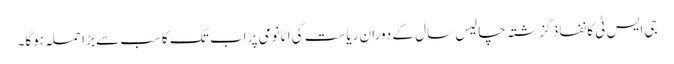
جی ایس ٹی کا نفاذ گزشتہ چالیس سال کے دوران ریاست کی اٹانومی پر اب تک کا سب سے بڑا حملہ ہوگا۔